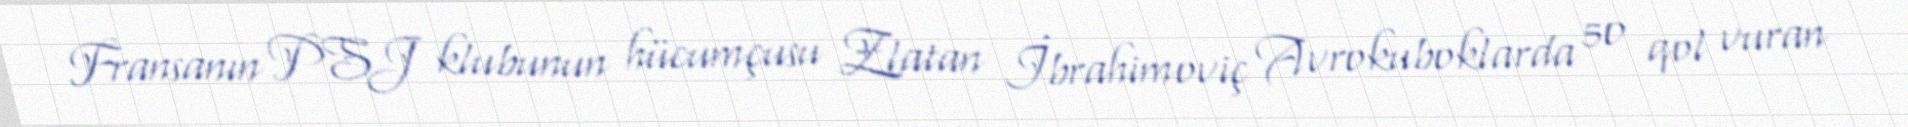
Fransanın PSJ klubunun hücumçusu Zlatan İbrahimoviç Avrokuboklarda 50 qol vuran